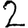
Digit: 2